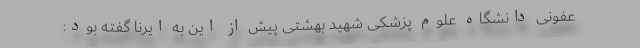
عفونی دانشگاه علوم پزشکی شهید بهشتی پیش از این به ایرنا گفته بود: